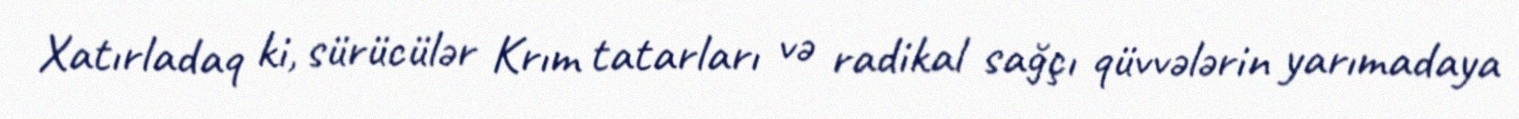
Xatırladaq ki, sürücülər Krım tatarları və radikal sağçı qüvvələrin yarımadaya